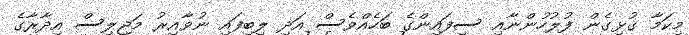
މިކަމާ ގުޅިގެން ފުލުހުންނާއި ސިފައިންގެ ބަހެއްވެސް އަދި ލިބިފައި ނުވާއިރު މަޖިލިސް އިދާރާގެ